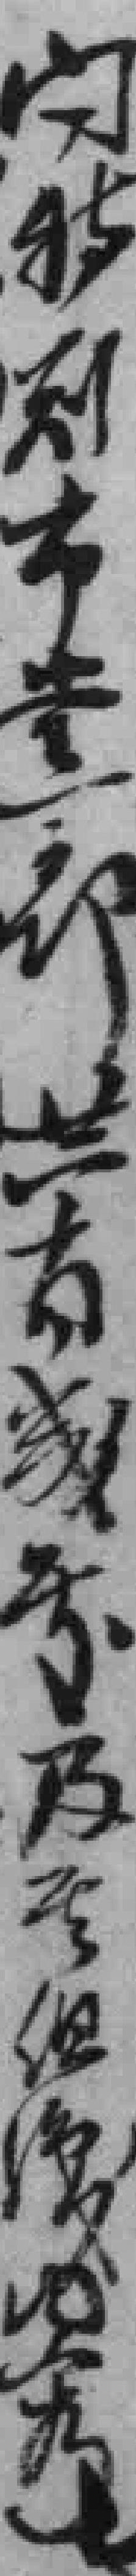
闩特别市黨部共有*及组織*